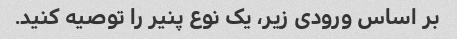
بر اساس ورودی زیر، یک نوع پنیر را توصیه کنید.